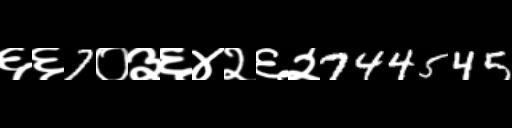
Text: ६६7०३६४२६२744545